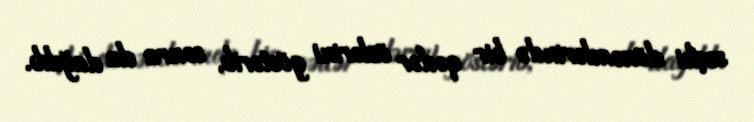
seçki dönəmlərində bir qədər özlərini göstərib, sonra da dağılıb.